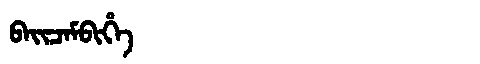
Manchu: ᠪᠠᡳᠴᠠᠮᠪᡳᡥᡝ
Romanization: BAICAMBIHE